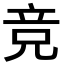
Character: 竞